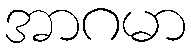
အာဂမာ